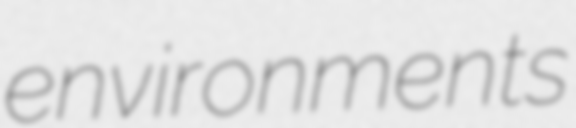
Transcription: environments